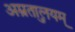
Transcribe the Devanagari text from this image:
अम्रुतालयम्